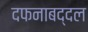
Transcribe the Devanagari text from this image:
दफनाबद्दल